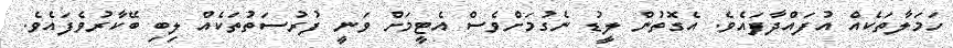
ހަމަލާތަކެއް އުފައްދާފައެވެ. އެގޮތުން ލީޑު ނެގުމަށްވެސް އެޓީމަށް ވަނީ ފުރުސަތުތަކެއް ލިބި ބޭކާރުވެފައެވެ.